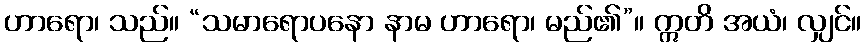
ဟာရော၊ သည်။ “သမာရောပနော နာမ ဟာရော၊ မည်၏”။ ဣတိ အယံ၊ လျှင်။